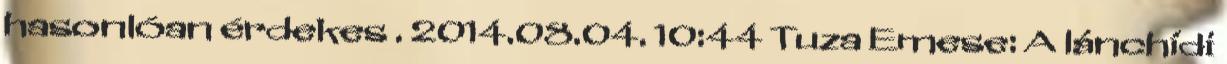
hasonlóan érdekes . 2014.08.04. 10:44 Tuza Emese: A lánchídi